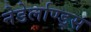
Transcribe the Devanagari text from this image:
नेडेर्लाण्ड्स